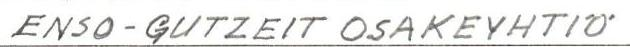
ENSO-GUTZEIT OSAKEYHTIÖ